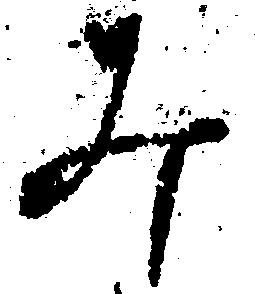
み